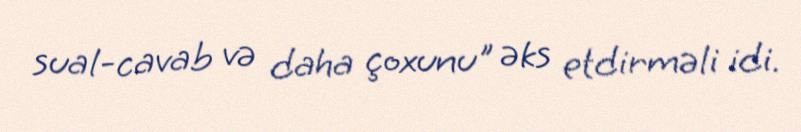
sual-cavab və daha çoxunu" əks etdirməli idi.